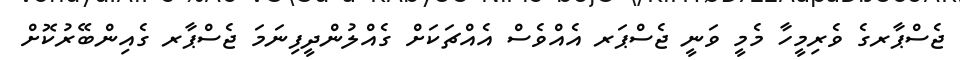
ޖެސްޕާރގެ ވެރިމީހާ މެމީ ވަނީ ޖެސްޕަރ އެއްވެސް އެއްޗަކަށް ގެއްލުންދީފިނަމަ ޖެސްޕާރ ގެއިންބޭރުކޮށް